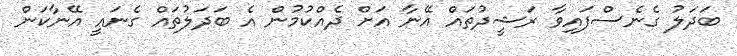
ބަދަލު ގެނެސްފައިވާ ރަޝީދުތައް އޭނާ އަށް ދެއްކުމުން އެ ބަދަލުތައް ގެނައީ އޭނާކަން